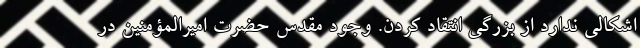
اشکالی ندارد از بزرگی انتقاد کردن. وجود مقدس حضرت امیرالمؤمنین در